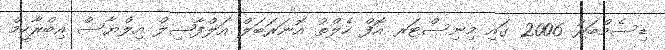
ޑިސެމްބަރު 2006 ގައި މިނިސްޓަރ އޮފް ހެލްތު އޮނަރަބަލް އަލްފާޟިލް އިލްޔާސް އިބްރާހީމް